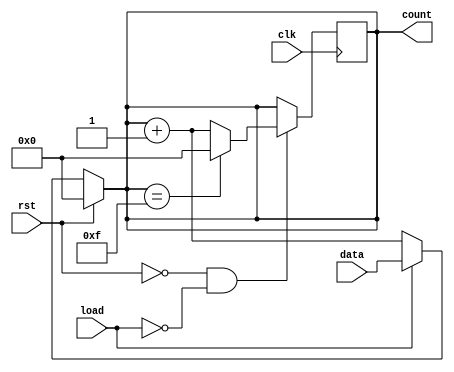
module async_load_counter (
    input wire clk,          // Clock signal
    input wire rst,          // Asynchronous reset signal
    input wire load,         // Asynchronous load signal
    input wire [3:0] data,   // Preset value for loading
    output reg [3:0] count   // Current count value
);

    always @(*) begin
        if (rst) begin
            count = 4'b0000;  // Reset the counter to zero
        end else if (load) begin
            count = data;      // Load the preset value
        end else begin
            count = count + 1; // Increment the counter
        end
    end

    // Sequential logic for counting on clock edge
    always @(posedge clk) begin
        if (!rst && !load) begin
            if (count == 4'b1111) begin
                count <= 4'b0000; // Wrap around to zero
            end else begin
                count <= count + 1; // Increment the counter
            end
        end
    end

endmodule